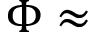
\Phi \approx